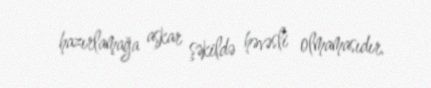
hazırlamağa aşkar şəkildə həvəsli olmamasıdır.